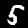
Label: 5